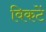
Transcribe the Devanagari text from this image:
विकटें